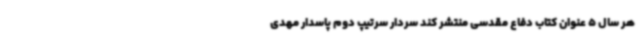
هر سال 5 عنوان کتاب دفاع مقدسی منتشر کند سردار سرتیپ دوم پاسدار مهدی